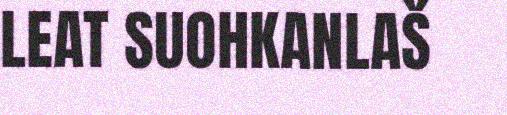
LEAT SUOHKANLAŠ